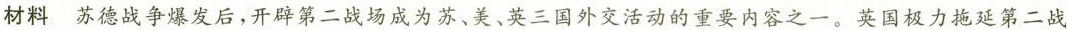
材料 苏德战争爆发后，开辟第二战场成为苏、美、英三国外交活动的重要内容之一。英国极力拖延第二战